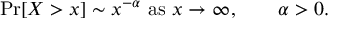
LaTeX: \operatorname* { P r } [ X > x ] \sim x ^ { - \alpha } { \mathrm { ~ a s ~ } } x \to \infty , \qquad \alpha > 0 .